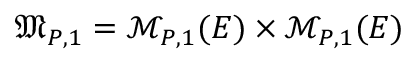
\mathfrak { M } _ { P , 1 } = \mathcal { M } _ { P , 1 } ( E ) \times \mathcal { M } _ { P , 1 } ( E )